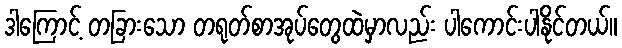
ဒါကြောင့် တခြားသော တရုတ်စာအုပ်တွေထဲမှာလည်း ပါကောင်းပါနိုင်တယ်။